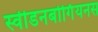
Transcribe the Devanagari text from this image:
स्वीडनबोर्गियनस